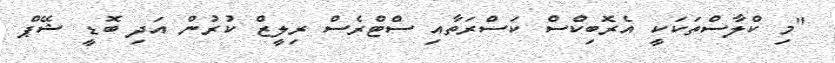
"މި ކްލާސްތަކަކީ އެރޮބިކްސް ކަސްރަތާއި ސްޓްރެސް ރިލީޒް ކުރުން އަދި ބޮޑީ ޝޭޕް